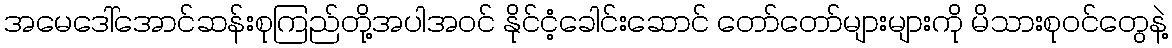
အမေဒေါ်အောင်ဆန်းစုကြည်တို့အပါအဝင် နိုင်ငံ့ခေါင်းဆောင် တော်တော်များများကို မိသားစုဝင်တွေနဲ့